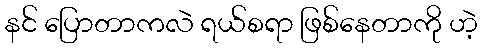
နင် ပြောတာကလဲ ရယ်စရာ ဖြစ်နေတာကို ဟဲ့